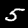
Label: 5